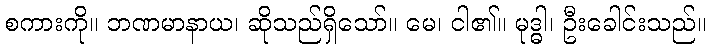
စကားကို။ ဘဏမာနာယ၊ ဆိုသည်ရှိသော်။ မေ၊ ငါ၏။ မုဒ္ဓါ၊ ဦးခေါင်းသည်။